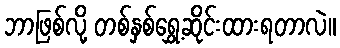
ဘာဖြစ်လို့ တစ်နှစ်ရွှေ့ဆိုင်းထားရတာလဲ။